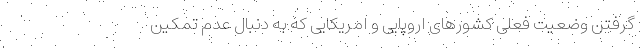
گرفتن وضعیت فعلی کشورهای اروپایی و امریکایی که به دنبال عدم تمکین